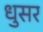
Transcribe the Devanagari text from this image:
धुसर